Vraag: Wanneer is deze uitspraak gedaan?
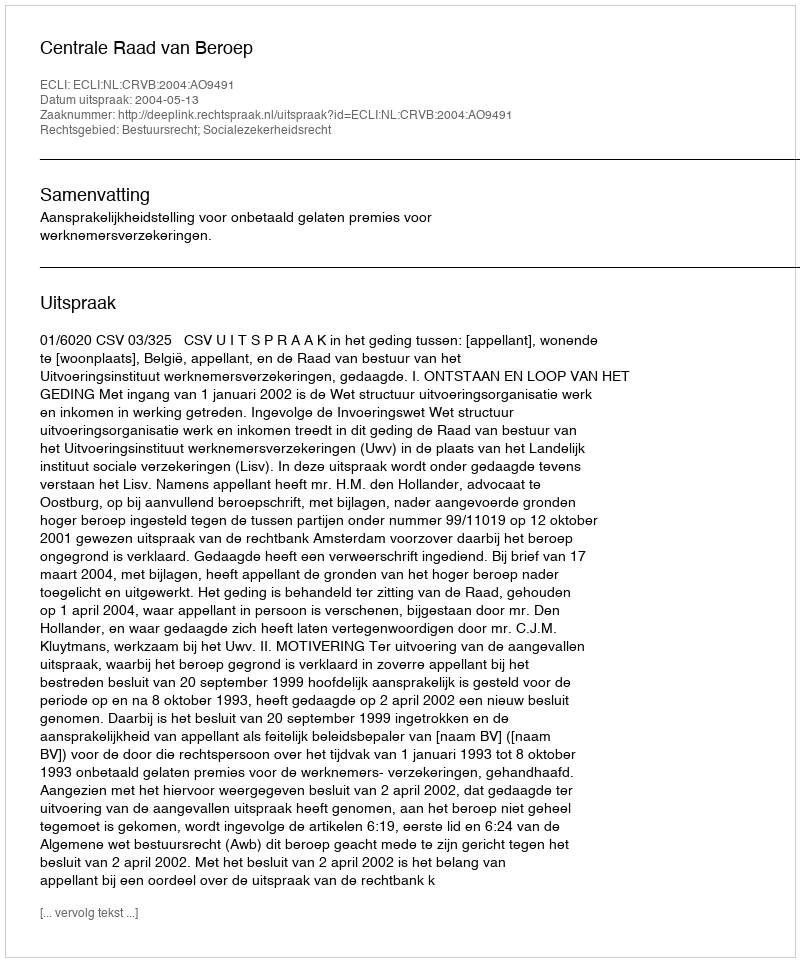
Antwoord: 2004-05-13